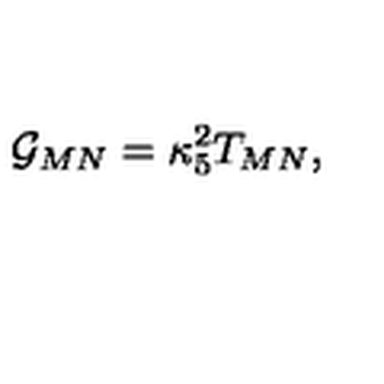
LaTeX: { \cal G } _ { M N } = \kappa _ { 5 } ^ { 2 } T _ { M N } ,